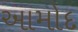
આમોદ